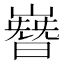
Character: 嶜